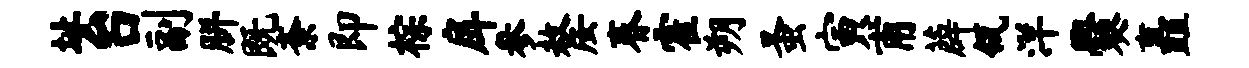
址台副胼既紊即棕戽参嫠春霍朔蚤寅甫薜瓴洋爨矗